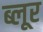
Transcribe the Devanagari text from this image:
ब्लूर